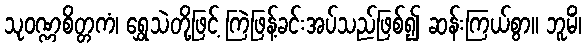
သုဝဏ္ဏစိတ္တကံ၊ ရွှေသဲတို့ဖြင့် ကြဲဖြန့်ခင်းအပ်သည်ဖြစ်၍ ဆန်းကြယ်စွာ။ ဘူမိံ၊